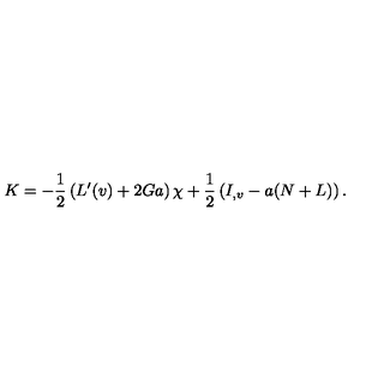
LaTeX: K = - \frac { 1 } { 2 } \left( L ^ { \prime } ( v ) + 2 G a \right) \chi + \frac { 1 } { 2 } \left( I _ { , v } - a ( N + L ) \right) .